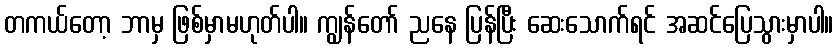
တကယ်တော့ ဘာမှ ဖြစ်မှာမဟုတ်ပါ။ ကျွန်တော် ညနေ ပြန်ပြီး ဆေးသောက်ရင် အဆင်ပြေသွားမှာပါ။